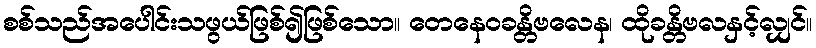
စစ်သည်အပေါင်းသဖွယ်ဖြစ်၍ဖြစ်သော။ တေနေဝခန္တိဗလေန၊ ထိုခန္တိဗလနှင့်လျှင်။